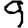
Digit: 9